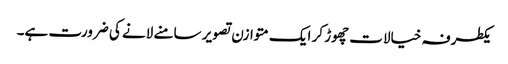
یکطرفہ خیالات چھوڑ کر ایک متوازن تصویر سامنے لانے کی ضرورت ہے۔